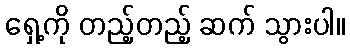
ရှေ့ကို တည့်တည့် ဆက် သွားပါ။